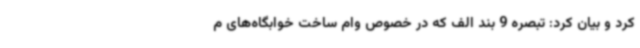
کرد و بیان کرد: تبصره 9 بند الف که در خصوص وام ساخت خوابگاه‌های م